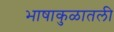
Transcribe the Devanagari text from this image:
भाषाकुळातली